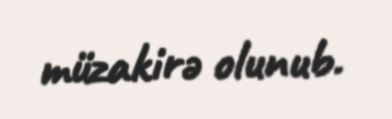
müzakirə olunub.